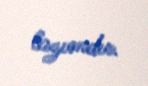
lazımdır.